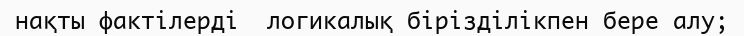
нақты фактілерді  логикалық бірізділікпен бере алу;